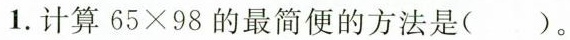
1. 计算$$6 5 × 9 8$$的最简便的方法是()。